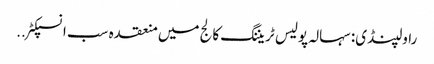
راولپنڈی: سہالہ پولیس ٹریننگ کالج میں منعقدہ سب انسپکٹر ..